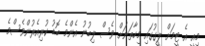
މިއީ އެ ޓީމަށް ލީގުގައި މިހާތަނަށް ވެސް ލިބުނު އެންމެ ބޮޑު ކުރިއެރުންވެސްމެ